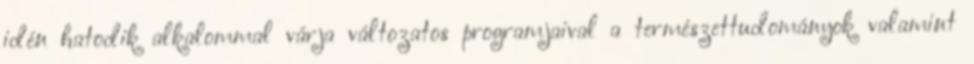
idén hatodik alkalommal várja változatos programjaival a természettudományok valamint